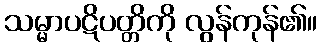
သမ္မာပဋိပတ္တိကို လွန်ကုန်၏။